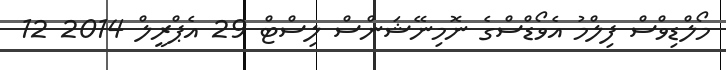
މޯލްޑިވްސް ފިލްމު އެވޯޑްސްގެ ނޮމިނޭޝަންސް ލިސްޓް 29 އެޕްރީލް 2014 12